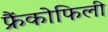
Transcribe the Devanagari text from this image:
फ्रैंकोफिली